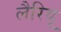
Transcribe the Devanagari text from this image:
लैरियू